Lunatic asylums Central Provinces reports 1874-1885 - 1874-1885
Year: 1874
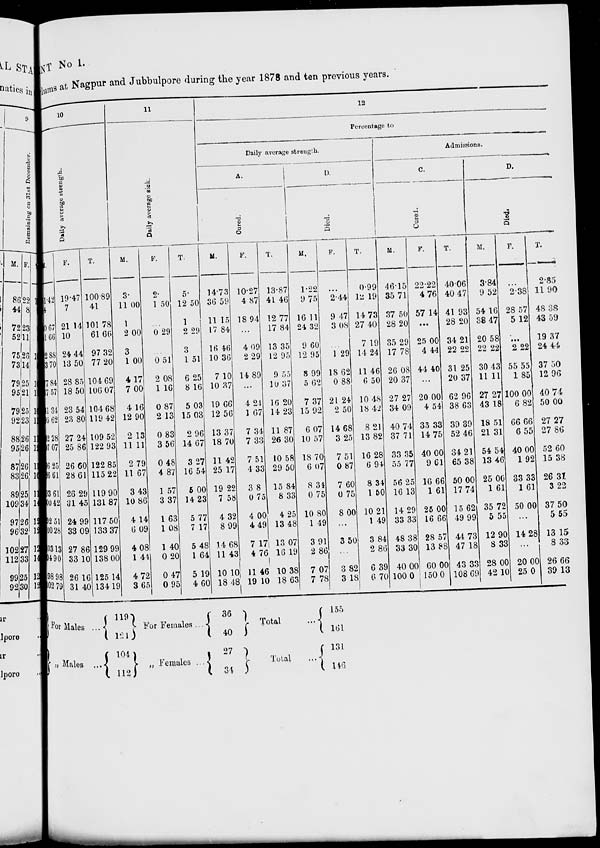
NT No 1.
lums at Nagpur and Jubbulpore during the year 1878 and ten previous years.
10
Daily average strength.
M.
1.42
34
0.67
1.66
2.88
3.70
7.84
7.57
1.34
5.62
2.28
7.07
6.25
6.61
3.61
0.42
92.51
00.28
03.13
04.90
98.98
02.79
F.
19.47
7
21.14
10
24.44
13.50
28.85
18.50
23.54
23.80
27.24
25.86
26.60
28.61
26.29
31.45
24.99
33.09
27.86
33.10
26.16
31.40
T.
100.89
41
101.78
61.66
97.32
77.20
104.69
106.07
104.68
119.42
109.52
122.93
122.85
115.22
119.90
131.87
117.50
133.37
129.99
138.00
125.14
134.19
11
Daily average sick.
M.
3.
11.00
1
2.00
3
1.00
4.17
7.00
4.16
12.90
2.13
11.11
2.79
11.67
3.43
10.86
4.14
6.09
4.08
1.44
4.72
3.65
F.
2.
1.50
...
0.29
...
0.51
2.08
1.16
0.87
2.13
0.83
3.56
0.48
4.87
1.57
3.37
1.63
1.08
1.40
0.20
0.47
0.95
T.
5.
12.50
1
2.29
3
1.51
6.25
8.16
5.03
15.03
2.96
14.67
3.27
16.54
5.00
14.23
5.77
7.17
5.48
1.64
5.19
4.60
12
Percentage to
Daily average strength.
A.
Cured.
M.
14.73
36.59
11.15
17.84
16.46
10.36
7.10
10.37
19.66
12.56
13.37
18.70
11.42
25.17
19.22
7.58
4.32
8.99
14.68
11.43
10.10
18.48
F.
10.27
4.87
18.94
...
4.09
2.29
14.89
...
4.24
1.67
7.34
7.33
7.51
4.33
3.8
0.75
4.00
4.49
7.17
4.76
11.46
19.10
T.
13.87
41.46
12.77
17.84
13.35
12.95
9.55
10.37
16.20
14.23
11.87
26.30
10.58
29.50
15.84
8.33
4.25
13.48
13.07
16.19
10.38
18.63
D.
Died.
M.
1.22
9.75
16.11
24.32
9.60
12.95
8.99
5.62
7.37
15.92
6.07
10.57
18.70
6.07
8.34
0.75
10.80
1.49
3.91
2.86
7.07
7.78
F.
...
2.44
9.47
3.08
...
1.29
18.62
0.88
21.24
2.50
14.68
3.25
7.51
0.87
7.60
0.75
8.00
...
3.50
...
3.82
3.18
T.
0.99
12.19
14.73
27.40
7.19
14.24
11.46
6.50
10.48
18.42
8.21
13.82
16.28
6.94
8.34
1.50
10.21
1 49
3.84
2.86
6.39
6.70
Admissions.
C.
Cured.
M.
46.15
35.71
37.50
28.20
35.29
17.78
26.08
20.37
27.27
34.09
40.74
37.71
33.35
55.77
56.25
16.13
14.29
33.33
48.38
33.30
40.00
100.0
F.
22.22
4.76
57.14
...
25.00
4.44
44.40
...
20.00
4.54
33.33
14.75
40.00
9.61
16.66
1.61
25.00
16.66
28.57
13.88
60.00
150.0
T.
40.06
40.47
41.93
28.20
34.21
22.22
31.25
20.37
62.96
38.63
39.39
52.46
34.21
65.38
50.00
17.74
15.62
49.99
44.73
47.18
43.33
108.69
D.
Died.
M.
3.84
9.52
54.16
38.47
20.58
22.22
30.43
11.11
27.27
43.18
18.51
21.31
54.54
13.46
25.00
1.61
35.72
5.55
12.90
8.33
28.00
42.10
F.
...
2.38
28.57
5.12
...
2.22
55.55
1.85
100.00
6.82
66.66
6.55
40.00
1.92
33.33
1.61
50.00
...
14.28
...
20.00
25.0
T.
2.85
11.90
48.38
43.59
19.37
24.44
37.50
12.96
40.74
50.00
27.27
27.86
52.60
15.38
26.31
3.22
37.50
5.55
13.15
8.33
26.66
39.13
For Males ...
Males ...
119
121
104
112
For Females ...
„ Females ...
36
40
27
34
Total
...
Total
...
155
161
131
146